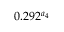
0 . 2 9 2 ^ { a _ { 4 } }